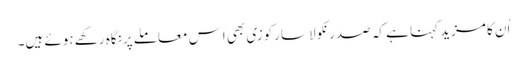
اُن کا مزید کہنا ہے کہ صدر نکولا سارکوزی بھی اِس معاملے پر نگاہ رکھے ہوئے ہیں۔